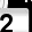
Digit: 2